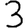
Digit: 3